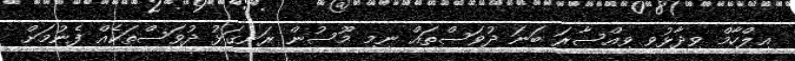
އިލްހާމް ވިދާޅުވީ ވިއްސާރަ ބަނަ ދުވަސްތައް ނިމި މޫސުން ރަނގަޅު ދުވަސްތަކެއް ފެނުމަށް